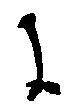
に